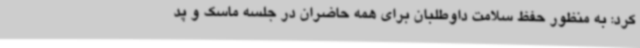
کرد: به منظور حفظ سلامت داوطلبان برای همه حاضران در جلسه ماسک و پد